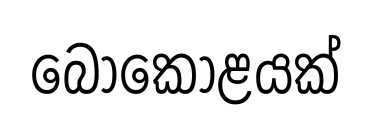
බෝකොළයක්